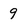
Character: 9